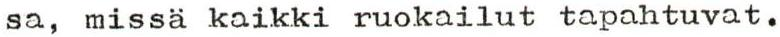
sa, missä kaikki ruokailut tapahtuvat.